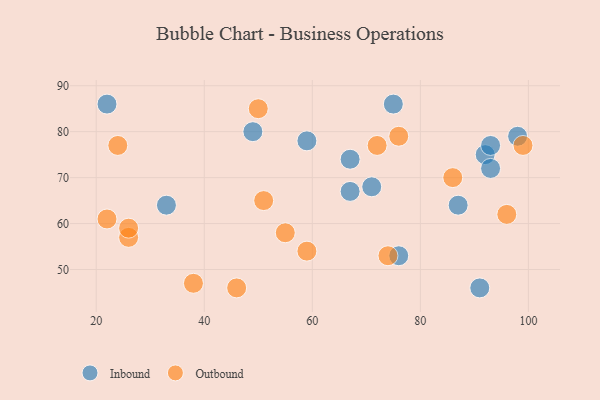
{"axis": {"x": "GDP", "y": "Life Expectancy"}, "legend": ["Inbound", "Outbound"], "data": [{"x": "75", "y": 86, "type": "Inbound"}, {"x": "76", "y": 53, "type": "Inbound"}, {"x": "71", "y": 68, "type": "Inbound"}, {"x": "92", "y": 75, "type": "Inbound"}, {"x": "91", "y": 46, "type": "Inbound"}, {"x": "49", "y": 80, "type": "Inbound"}, {"x": "93", "y": 77, "type": "Inbound"}, {"x": "59", "y": 78, "type": "Inbound"}, {"x": "93", "y": 72, "type": "Inbound"}, {"x": "98", "y": 79, "type": "Inbound"}, {"x": "87", "y": 64, "type": "Inbound"}, {"x": "33", "y": 64, "type": "Inbound"}, {"x": "67", "y": 74, "type": "Inbound"}, {"x": "67", "y": 67, "type": "Inbound"}, {"x": "22", "y": 86, "type": "Inbound"}, {"x": "74", "y": 53, "type": "Outbound"}, {"x": "55", "y": 58, "type": "Outbound"}, {"x": "46", "y": 46, "type": "Outbound"}, {"x": "99", "y": 77, "type": "Outbound"}, {"x": "86", "y": 70, "type": "Outbound"}, {"x": "24", "y": 77, "type": "Outbound"}, {"x": "26", "y": 57, "type": "Outbound"}, {"x": "96", "y": 62, "type": "Outbound"}, {"x": "22", "y": 61, "type": "Outbound"}, {"x": "51", "y": 65, "type": "Outbound"}, {"x": "72", "y": 77, "type": "Outbound"}, {"x": "59", "y": 54, "type": "Outbound"}, {"x": "50", "y": 85, "type": "Outbound"}, {"x": "38", "y": 47, "type": "Outbound"}, {"x": "26", "y": 59, "type": "Outbound"}, {"x": "76", "y": 79, "type": "Outbound"}]}